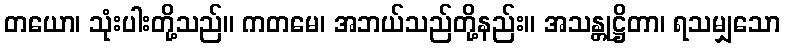
တယော၊ သုံးပါးတို့သည်။ ကတမေ၊ အဘယ်သည်တို့နည်း။ အသန္တုဋ္ဌိတာ၊ ရသမျှသော